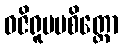
ဝဇိရူပမစိတ္တော